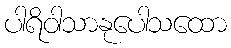
ပါရိဝါသာနုပေါသထော